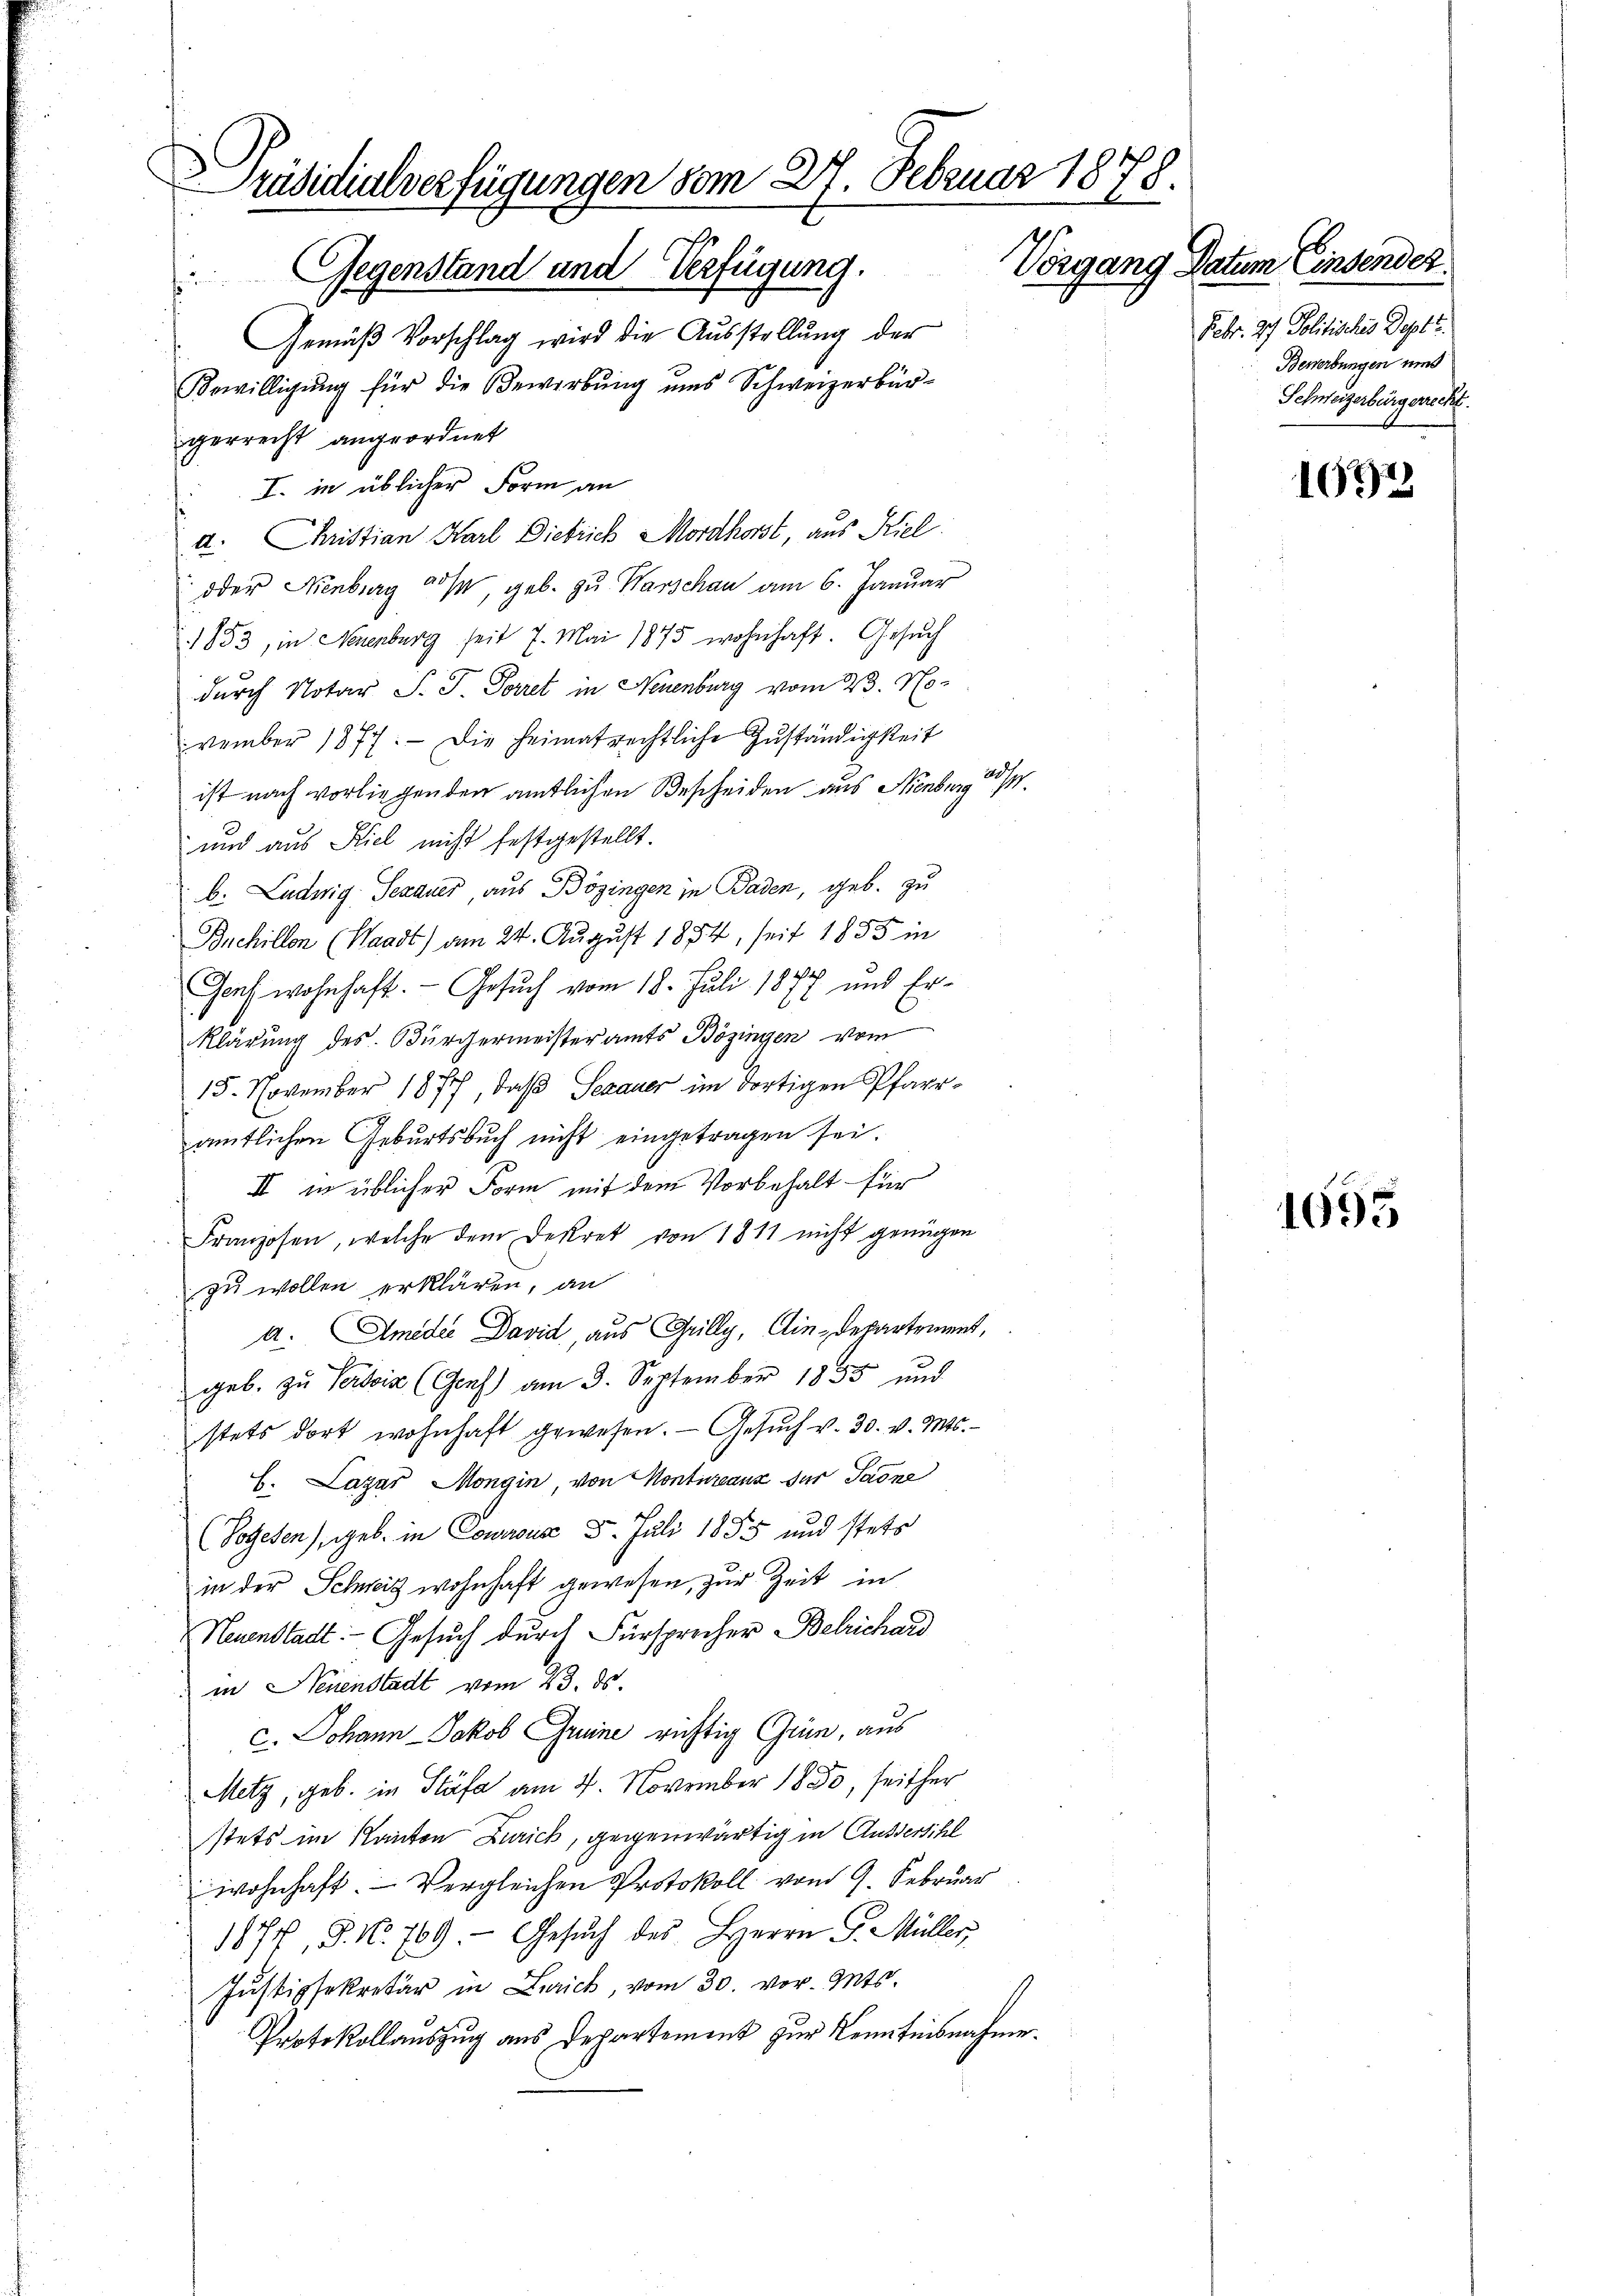
räsidialverfügungen vom 27. Februar 1878.
Vorgang Datum Einsender.
Gegenstand und Verfügung.

Gemäβ Vorschlag wird die Aŭsstellŭng der
Bewilligung für die Bewerbung uns Schweizerbürgerrecht angeordnet
I. in üblicher Form an
d. Christian Karl Dietrich Mordhorst, aus Kiel.
 oder Nienburg aus, geb. zu Warschau am 6. Januar
1853, in Neuenburg seit 7. Mai 1875 wohnhaft. Gesuch
durch Notar S. J. Parret in Neuenburg vom 23. No-
vember 1877. Die heimatrechtliche Zŭständigkeit
ist nach vorliegenden amtlichen Bescheiden aus Nenburg d.
und aus Kiel nicht festgestellt.
b. Ludwig Schauer, aus Bözingen in Baden, geb. zu
Bnchillen (Waadt) am 24. August 1854, seit 1855 in
Genf wohnhaft. - Gesuch vom 18. Juli 1877 und Er¬
Klärung des Bürgermeisteramts Bözingen vom
15. November 1877, daß Segauer im dortigen Pfarramtlichen Geburtsbuch nicht eingetragen sei
II in üblicher Form mit dem Vorbehalt für
Franzosen, welche dem Dekret von 1811 nicht genügen
zu wollen erklären, an
A. Amider David, aus Grilly, Ain-Departement,
geb. zu Pertia (Genf) am 3. September 1855 und
stets dort wohnhaft gewesen. Gesŭch v. 30. v. Mts.
6. Lazar Mongin von Konturanz der Sadne
(Voteten), geb. in Coursus 5. Juli 1855 und stets
in der Schweiz wohnhaft gewesen, zur Zeit in
Neuenstadt. - Gesuch durch Fürsprecher Berichard
in Neuenstadt vom 23. ds.
c. Johann Jakob Grune richtig Grin, aus
Metz, geb. in Stäfa am 4. November 1850, seither
stets im Kanton Zürich, gegenwärtig in Außersihl
wohnhaft. - Vergleichen Protokoll vom 9. Februar
1874, S. N. 769 - Gesŭch des Herrn G. Müller,
Justizsekretär in Zürich, vom 30. vor. Mts.
Protokollauszug aus Departement zur Kenntnisnahme.

Febr. 2 Politisches Dept.
Bewerbungen und
Schweizerbürgerrecht.

1692

1695